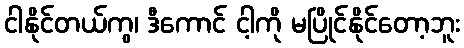
ငါနိုင်တယ်ကွ၊ ဒီကောင် ငါ့ကို မပြိုင်နိုင်တော့ဘူး